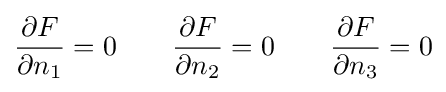
{\frac {\partial F}{\partial n_{1}}}=0\qquad {\frac {\partial F}{\partial n_{2}}}=0\qquad {\frac {\partial F}{\partial n_{3}}}=0